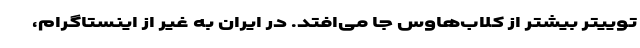
توییتر بیشتر از کلاب‌هاوس جا می‌افتد. در ایران به غیر از اینستاگرام،